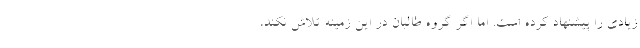
زیادی را پیشنهاد کرده است. اما اگر گروه طالبان در این زمینه تلاش نکند،